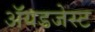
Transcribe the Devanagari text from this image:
ॲयडजेस्ट